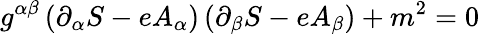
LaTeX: g^{\alpha\beta}\left(\partial_{\alpha}S-eA_{\alpha}\right)\left(\partial_{\beta}S-eA_{\beta}\right)+m^{2}=0